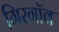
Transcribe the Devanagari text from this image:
गिरगॉव